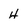
Character: H